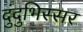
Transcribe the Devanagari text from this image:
दुंदुभिस्सर